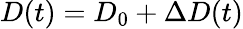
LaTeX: {D(t)=D_{0}+\Delta D(t)}